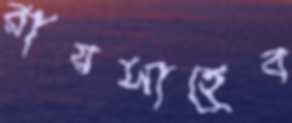
রায়সাহেব